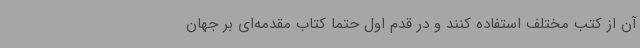
آن از کتب مختلف استفاده کنند و در قدم اول حتما کتاب مقدمه‌ای بر جهان